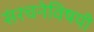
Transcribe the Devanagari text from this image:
संरचनेविषयी